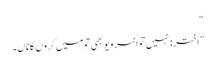
“
”اختر: نہیں تو انٹرویو بھی تو میں کروں گا ناں۔